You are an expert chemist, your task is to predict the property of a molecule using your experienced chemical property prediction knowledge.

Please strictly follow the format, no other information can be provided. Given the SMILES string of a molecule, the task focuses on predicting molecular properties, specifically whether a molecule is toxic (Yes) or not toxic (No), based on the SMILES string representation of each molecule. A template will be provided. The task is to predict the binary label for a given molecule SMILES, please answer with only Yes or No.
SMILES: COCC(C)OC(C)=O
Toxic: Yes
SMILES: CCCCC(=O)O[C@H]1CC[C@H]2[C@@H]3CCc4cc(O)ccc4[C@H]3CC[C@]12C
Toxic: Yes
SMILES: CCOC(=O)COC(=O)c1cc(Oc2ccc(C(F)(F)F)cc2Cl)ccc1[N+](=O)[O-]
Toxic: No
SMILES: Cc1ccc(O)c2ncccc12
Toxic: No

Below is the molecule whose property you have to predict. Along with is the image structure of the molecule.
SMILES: CC(C)(C)c1ccc(N)cc1
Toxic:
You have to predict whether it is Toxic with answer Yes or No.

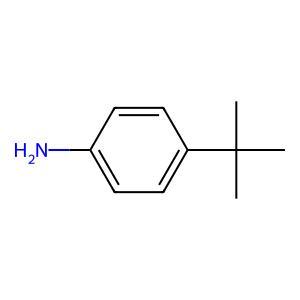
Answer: No